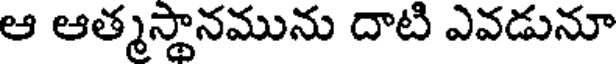
ఆ ఆత్మస్థానమును దాటి ఎవడునూ